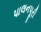
પાલનપૂરી